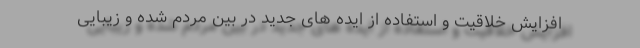
افزایش خلاقیت و استفاده از ایده های جدید در بین مردم شده و زیبایی